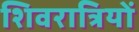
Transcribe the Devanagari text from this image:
शिवरात्रियों